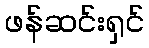
ဖန်ဆင်းရှင်